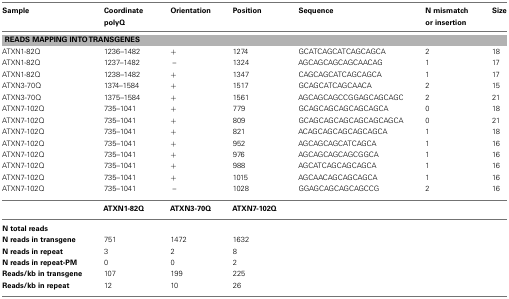
<table><thead><tr><td><b>Sample</b></td><td><b>Coordinate polyQ</b></td><td><b>Orientation</b></td><td><b>Position</b></td><td><b>Sequence</b></td><td><b>N mismatch or insertion</b></td><td><b>Size</b></td></tr></thead><tbody><tr><td colspan="7">READS MAPPING INTO TRANSGENES</td></tr><tr><td>ATXN1-82Q</td><td>1236–1482</td><td>+</td><td>1274</td><td>GCATCAGCATCAGCAGCA</td><td>2</td><td>18</td></tr><tr><td>ATXN1-82Q</td><td>1237–1482</td><td>–</td><td>1324</td><td>AGCAGCAGCAGCAACAG</td><td>1</td><td>17</td></tr><tr><td>ATXN1-82Q</td><td>1238–1482</td><td>+</td><td>1347</td><td>CAGCAGCATCAGCAGCA</td><td>1</td><td>17</td></tr><tr><td>ATXN3-70Q</td><td>1374–1584</td><td>+ </td><td>1517</td><td>GCAGCATCAGCAACA</td><td>2</td><td>15</td></tr><tr><td>ATXN3-70Q</td><td>1375–1584</td><td>+</td><td>1561</td><td>AGCAGCAGCCGGAGCAGCAGC</td><td>2</td><td>21</td></tr><tr><td>ATXN7-102Q</td><td>735–1041</td><td>+</td><td>779</td><td>GCAGCAGCAGCAGCAGCA</td><td>0</td><td>18</td></tr><tr><td>ATXN7-102Q</td><td>735–1041</td><td>+</td><td>809</td><td>GCAGCAGCAGCAGCAGCAGCA</td><td>0</td><td>21</td></tr><tr><td>ATXN7-102Q</td><td>735–1041</td><td>+</td><td>821</td><td>ACAGCAGCAGCAGCAGCA</td><td>1</td><td>18</td></tr><tr><td>ATXN7-102Q</td><td>735–1041</td><td>+</td><td>952</td><td>AGCAGCAGCATCAGCA</td><td>1</td><td>16</td></tr><tr><td>ATXN7-102Q</td><td>735–1041</td><td>+</td><td>976</td><td>AGCAGCAGCAGCGGCA</td><td>1</td><td>16</td></tr><tr><td>ATXN7-102Q</td><td>735–1041</td><td>+</td><td>988</td><td>AGCATCAGCAGCAGCA</td><td>1</td><td>16</td></tr><tr><td>ATXN7-102Q</td><td>735–1041</td><td>+</td><td>1015</td><td>AGCAACAGCAGCAGCA</td><td>1</td><td>16</td></tr><tr><td>ATXN7-102Q</td><td>735–1041</td><td>–</td><td>1028</td><td>GGAGCAGCAGCAGCCG</td><td>2</td><td>16</td></tr><tr><td></td><td>ATXN1-82Q</td><td>ATXN3-70Q</td><td colspan="4">ATXN7-102Q</td></tr><tr><td><b>N total reads</b></td><td></td><td></td><td></td><td></td><td></td><td></td></tr><tr><td><b>N reads in transgene</b></td><td>751</td><td>1472</td><td>1632</td><td></td></tr><tr><td><b>N reads in repeat</b></td><td>3</td><td>2</td><td>8</td><td></td></tr><tr><td><b>N reads in repeat-PM</b></td><td>0</td><td>0</td><td>2</td><td></td></tr><tr><td><b>Reads/kb in transgene</b></td><td>107</td><td>199</td><td>225</td><td></td></tr><tr><td><b>Reads/kb in repeat</b></td><td>12</td><td>10</td><td>26</td><td></td></tr></tbody></table>